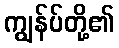
ကျွန်ပ်တို့၏